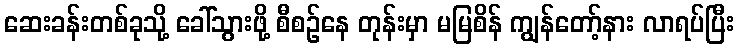
ဆေးခန်းတစ်ခုသို့ ခေါ်သွားဖို့ စီစဉ်နေ တုန်းမှာ မမြစိန် ကျွန်တော့်နား လာရပ်ပြီး